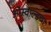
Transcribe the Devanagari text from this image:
ओस्वाल्डचा